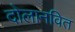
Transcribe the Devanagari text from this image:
दोलानवित